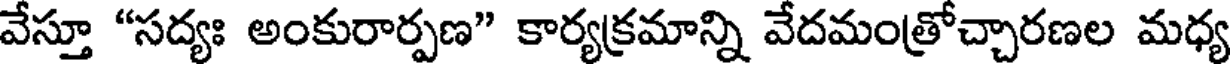
వేస్తూ "సద్యః అంకురార్పణ" కార్యక్రమాన్ని వేదమంత్రోచ్చారణల మధ్య